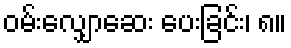
ဝမ်းလျှောဆေး ပေးခြင်း၊ ၈။